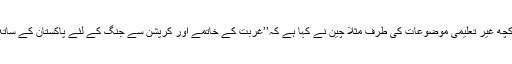
اور اب چلتے ہیں کچھ غیر تعلیمی موضوعات کی طرف مثلاً چین نے کہا ہے کہ’’غربت کے خاتمے اور کرپشن سے جنگ کے لئے پاکستان کے ساتھ تعاون کریں گے۔